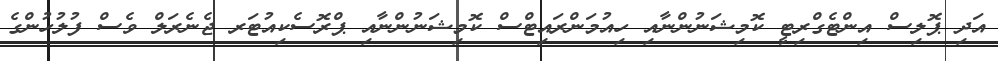
އަދި ޕޮލިސް އިންޓެގްރިޓީ ކޮމިޝަނުންނާއި ހިއުމަންރައިޓްސް ކޮމިޝަނުންނާއި ޕްރޮސެކިއުޓަރ ޖެނެރަލް ވެސް ފުލުހުންގެ